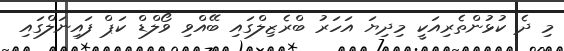
މި ދެ ކުޅުންތެރިއަކީ މިދިޔަ އަހަރު ބްރެޒިލްގައި ބޭއްވި ވޯލްޑް ކަޕް ފައިނަލްގައި